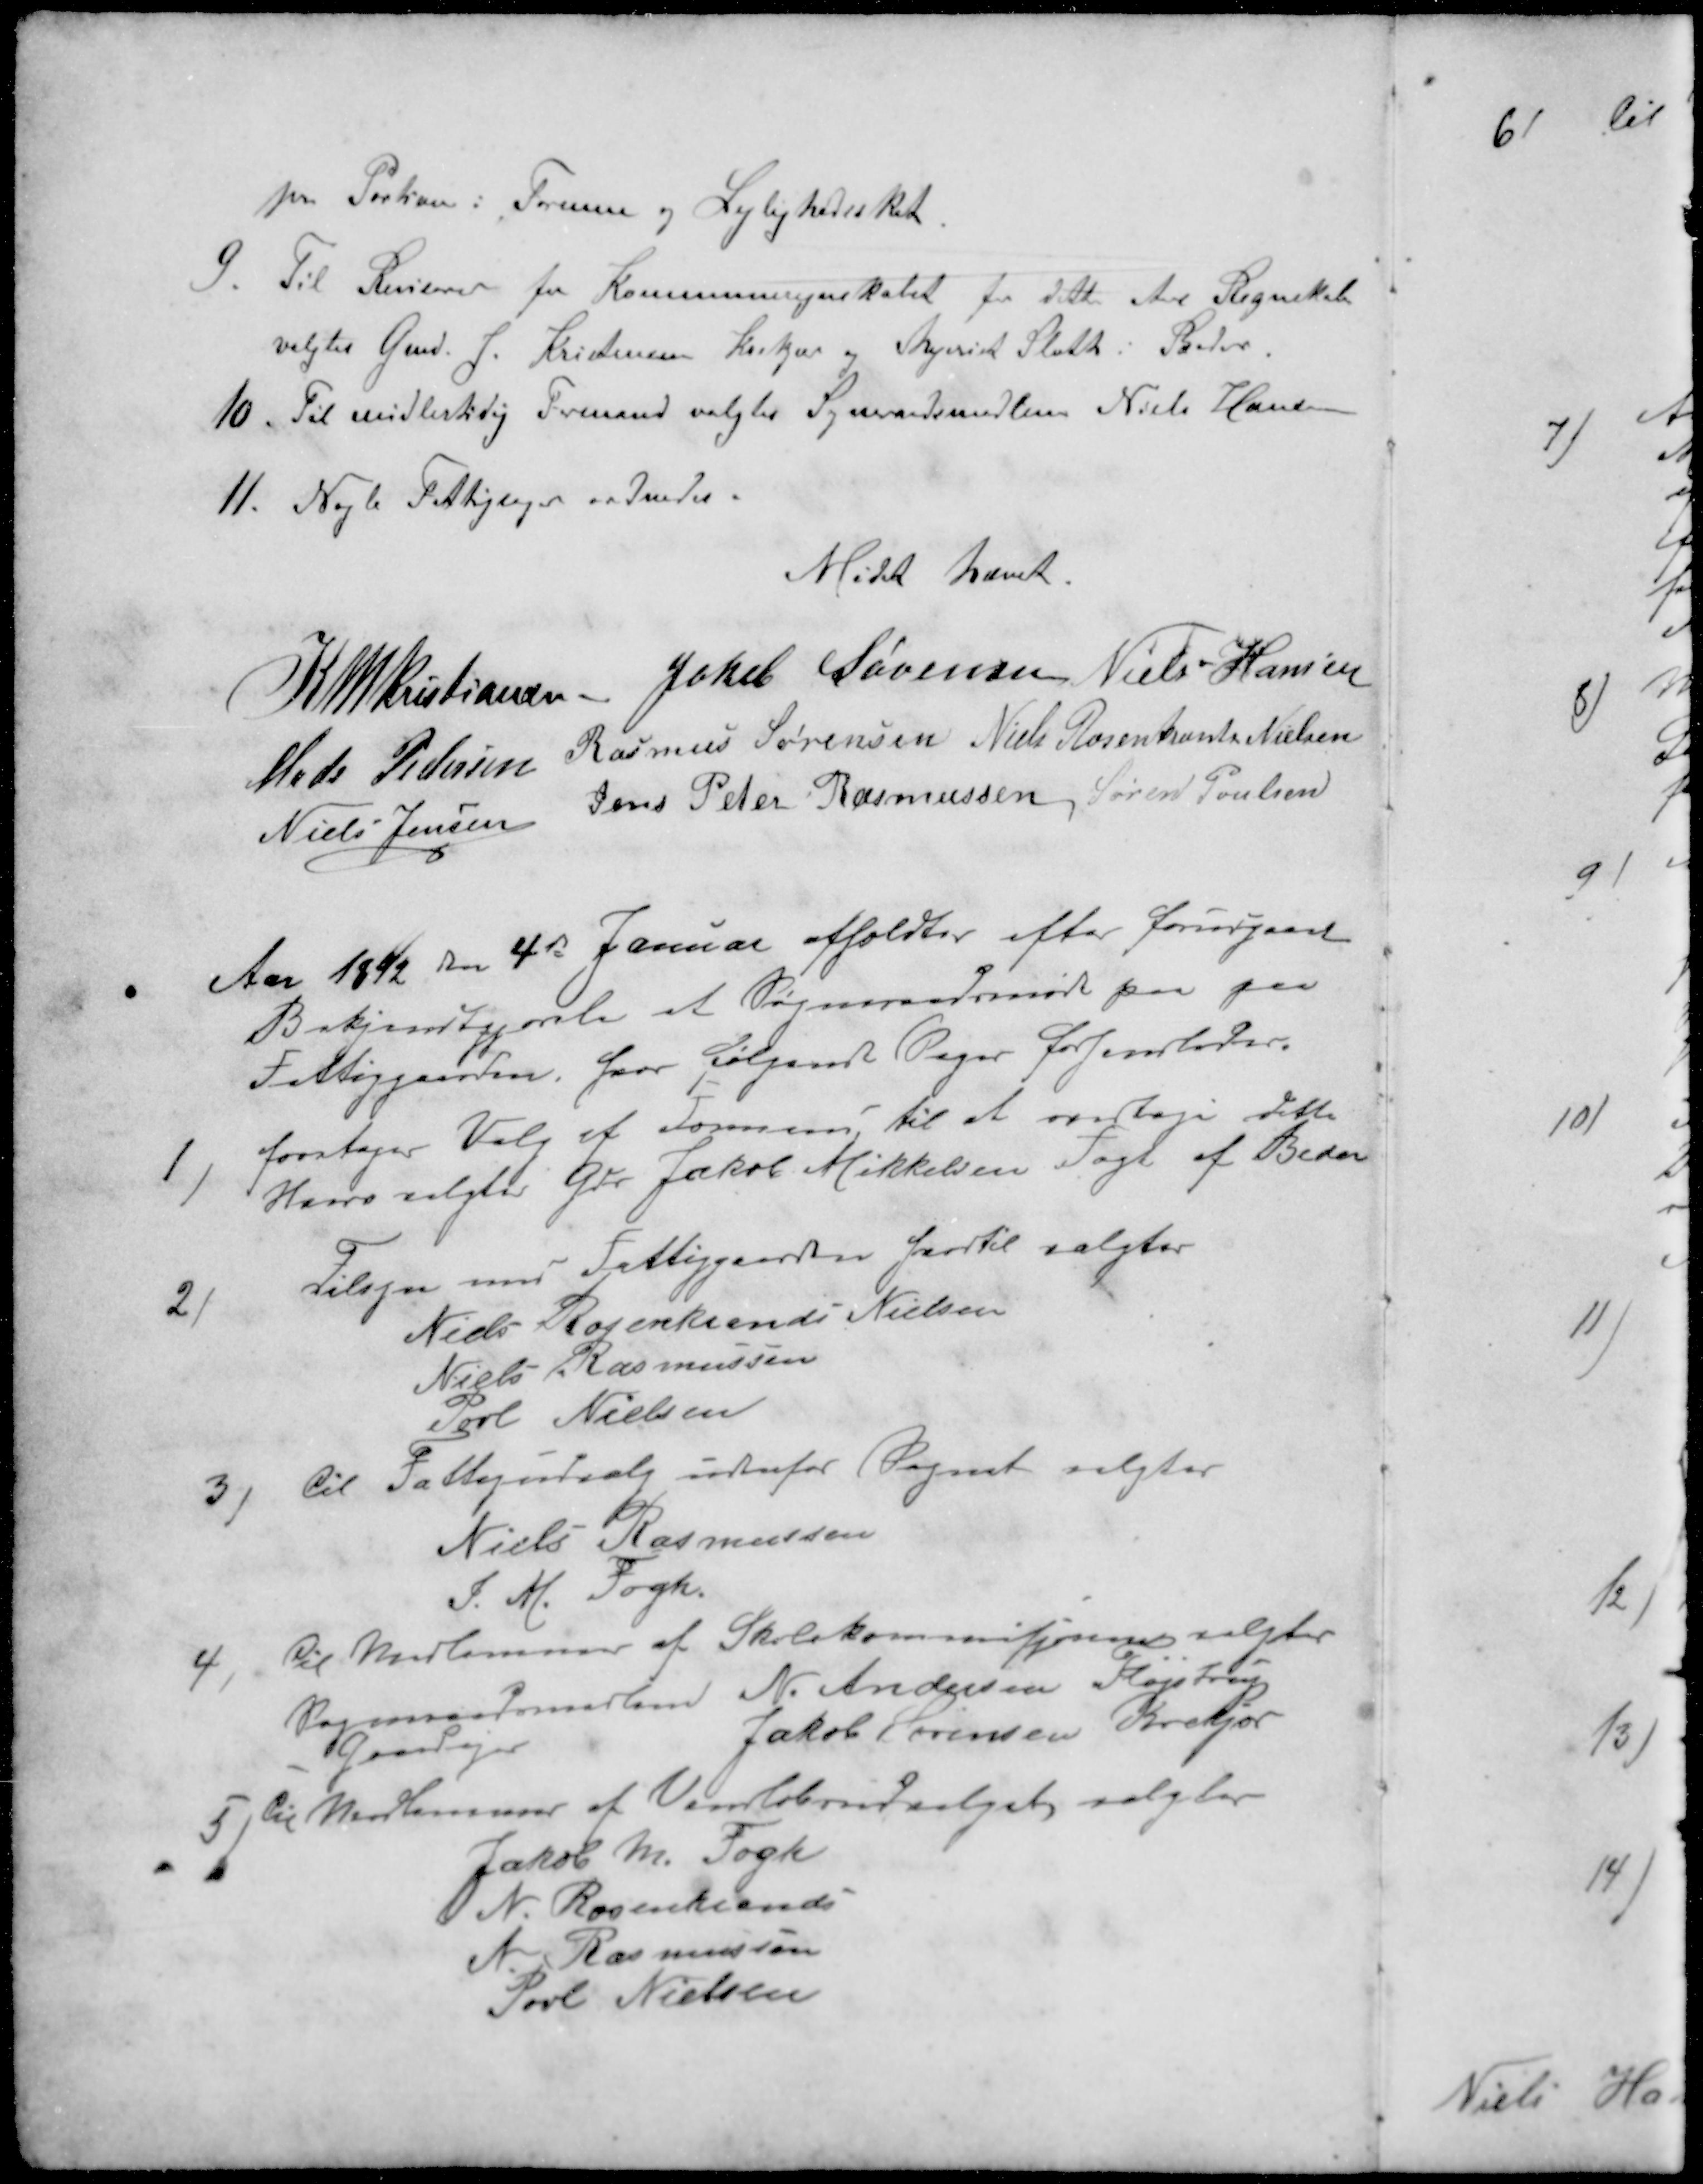
Transskription:
pr Portion i Formue og Lejlighedsskat.
9. Til Revisorer for Kommuneregnskabet for dette Aars Regnskab
valgtes Gmd. J. Kristensen Krekjær og Mejerist Sloth Beder.
10. Til midlertidig Formand valgtes Sogneraadsmedlem Niels Hansen
11. Nyt Fattigsager ordnedes.
Mødet hævet.
K M Kristiansen
Jakob Sørensen
Niels Hansen
Mads Pedersen
Rasmus Sørensen
Niels Rosenkrants Nielsen
Niels Jensen
Jens Peter Rasmussen
Søren Poulsen
Aar 1892 den 4de Januar afholdtes efter forudgaaet
Bekjendtgjørelse et Sogneraadsmøde paa paa
Fattiggaarden, hvor følgende Sager forhandledes.
1)foretager Valg af Formand, til at overtage dette
Hverv valgtes Gdr. Jakob Mikkelsen Fogh af Beder
Tilsyn med Fattiggaarden hvortil valgtes
Niels Rosenkrants Nielsen
Niels Rasmussen
Povl Nielsen
3) til Fattigudvalg udenfor Sognet valgtes
Niels Rasmussen
J. M. Fogh.
4. Til Medlemmer af Skolekommisjonen valgtes
Sogneraadsmedlem N. Andersen Fløjstrup
Gaardejer
Jakob Sørensen Krekjør
5, til Medlemmer af Vandløbsudvalget valgtes
Jakob M. Fogh
N. Rosenkrants
N. Rasmussen
Povl Nielsen